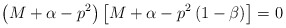
\begin{align*}\left( M+\alpha -p^2\right) \left[ M+\alpha -p^2\left( 1-\beta\right) \right] =0 \end{align*}